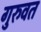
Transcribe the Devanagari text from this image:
गुरुवत